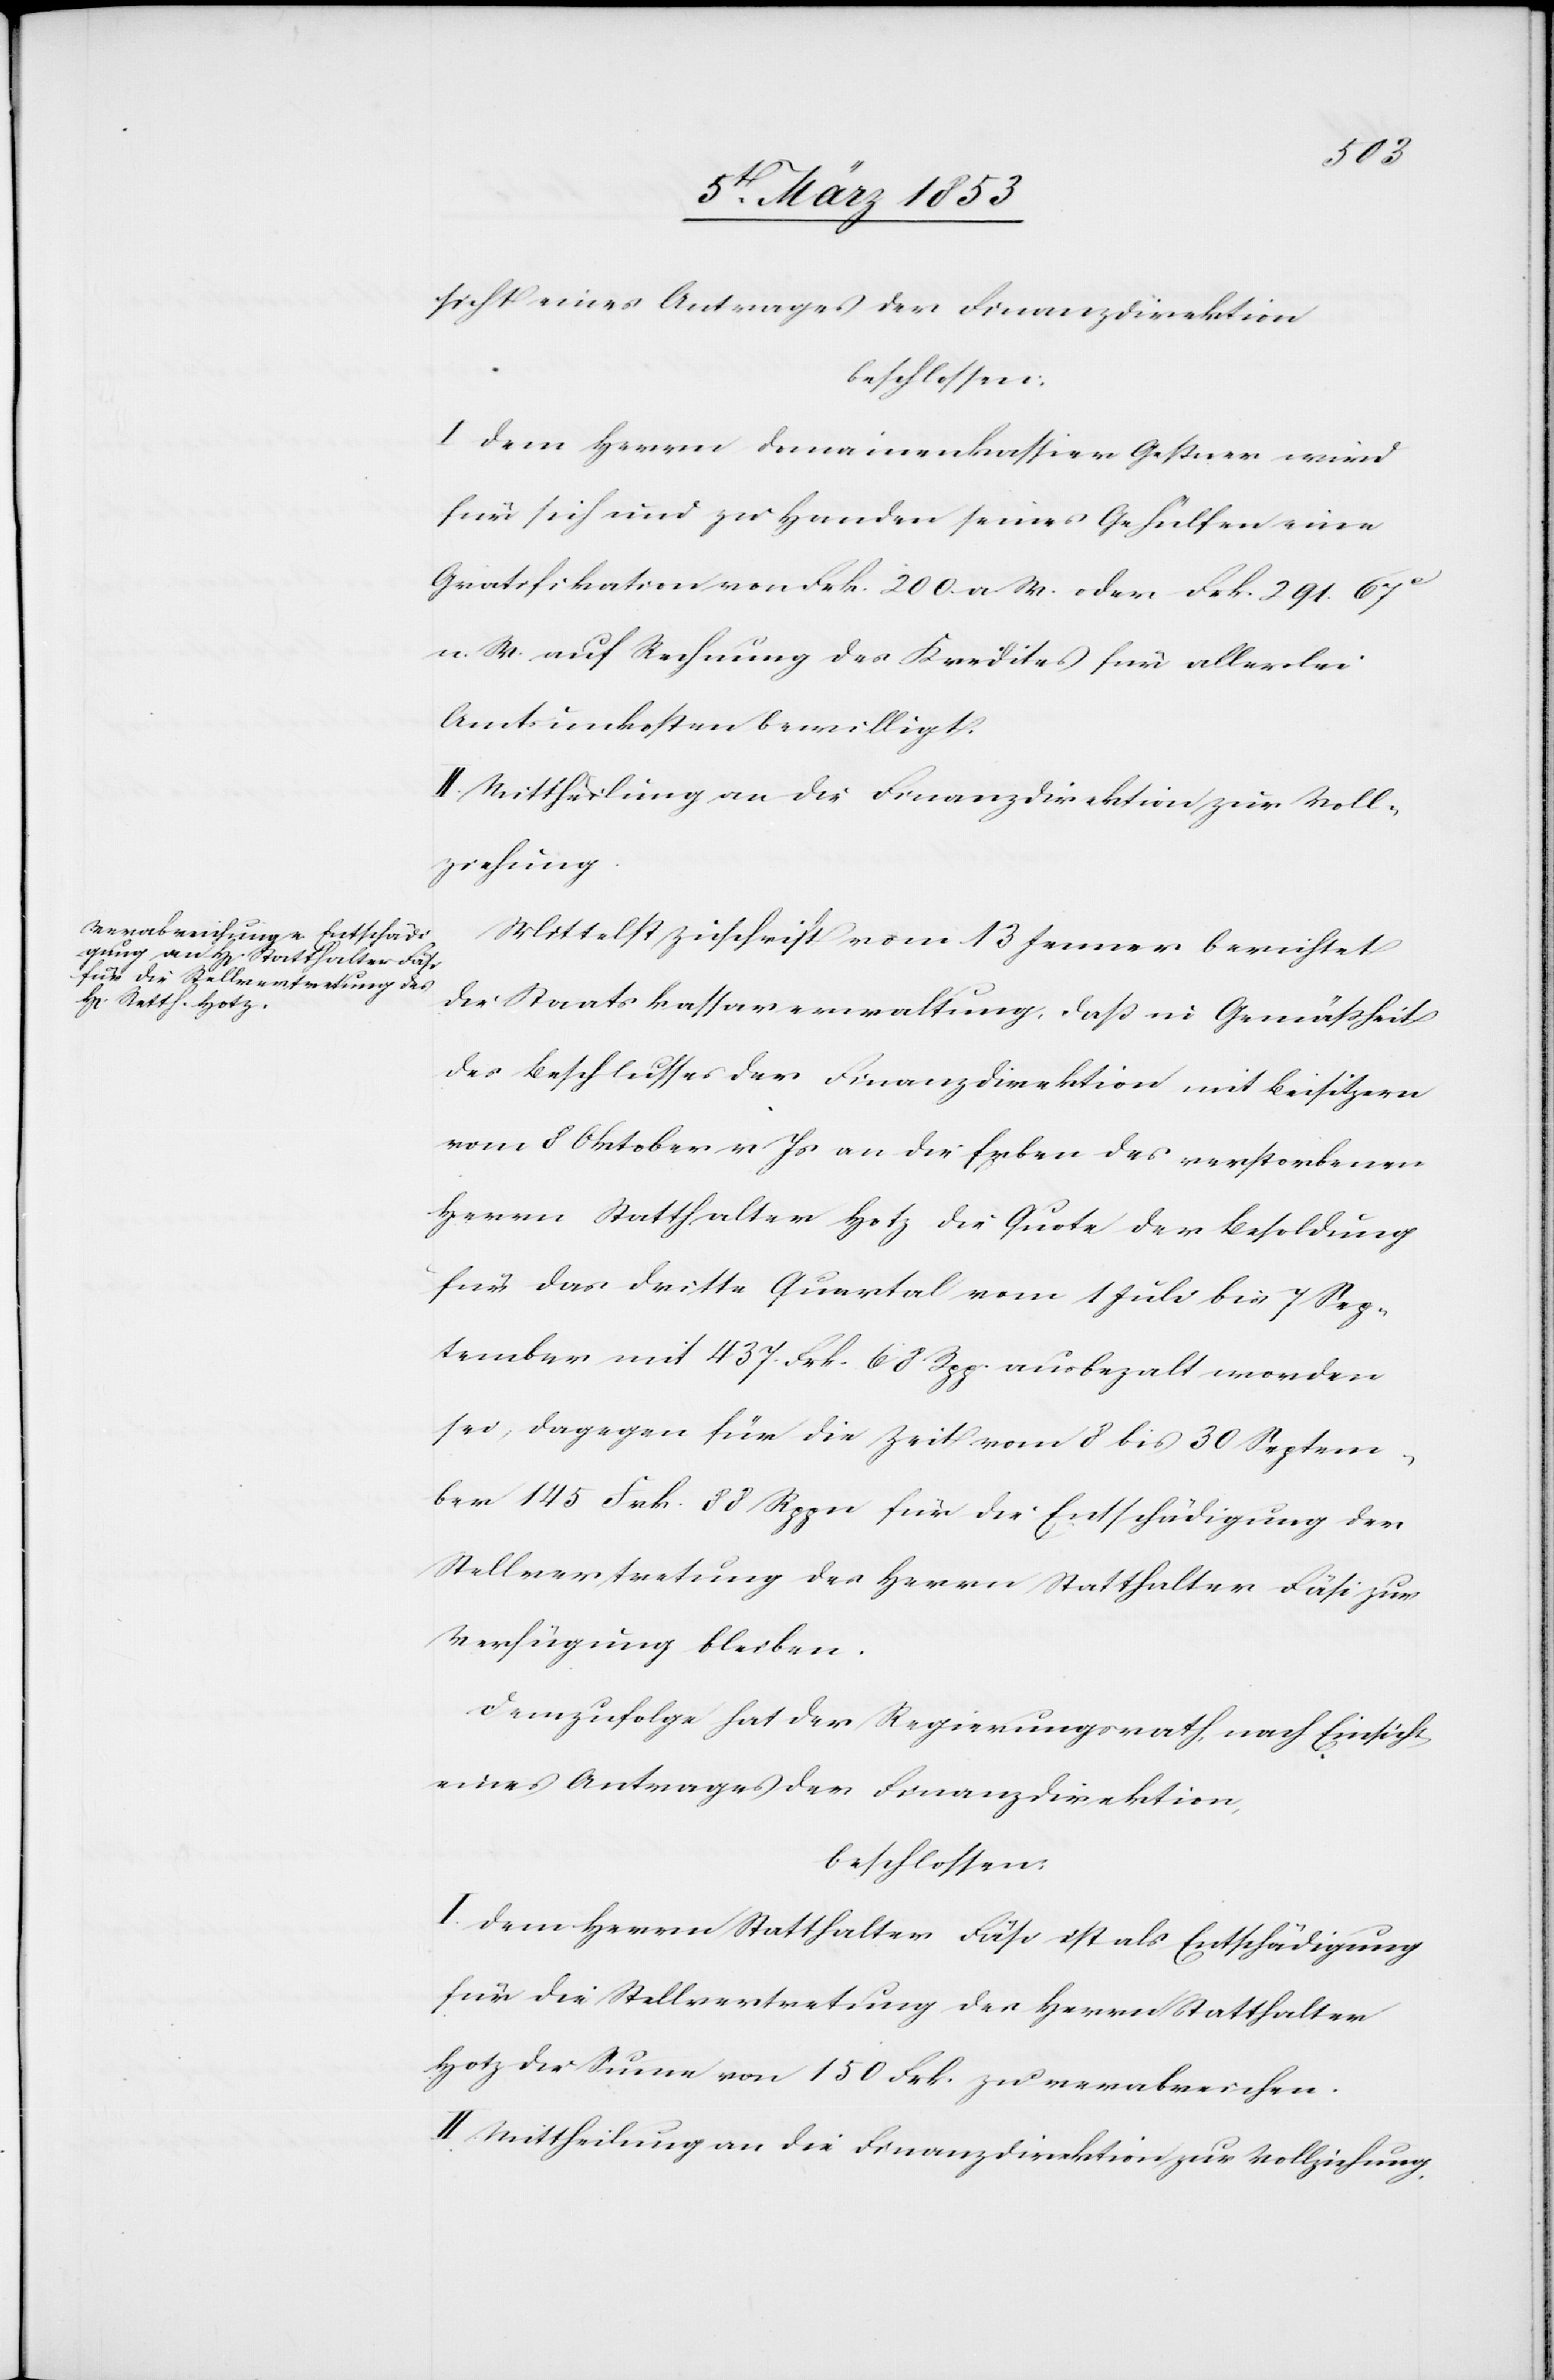
sicht eines Antrages der Finanzdirektion
beschlossen:
I. Dem Herrn Domainenkassier Geßner wird
für sich und zu Handen seines Gehülfen eine
Gratifikation von Frk. 200 a. W. oder Frk. 291. 67
n. W. auf Rechnung des Kredites für allerlei
Amtsunkosten bewilligt.
Mittelst Zuschrift vom 13 Januar berichtet
die Staatskassaverwaltung, daß in Gemäßheit
des Beschlusses der Finanzdirektion mit Beisitzern
vom 8 Oktober v. Js. an die Erben des verstorbenen
Herrn Statthalter Hotz die Quote der Besoldung
für das dritte Quartal vom 1 Juli bis 7 Sep¬
tember mit 437 Frk. 68 Rpp. ausbezalt [sic!] worden
sei, dagegen für die Zeit vom 8 bis 30 Septem¬
ber 145 Frk. 88 Rppn für die Entschädigung der
Stellvertretung des Herrn Statthalter Fäsi zur
Verfügung bleiben.
Demzufolge hat der Regierungsrath, nach Einsicht
eines Antrages der Finanzdirektion,
beschlossen:
I. Dem Herrn Statthalter Fäsi ist als Entschädigung
für die Stellvertretung der Herrn Statthalter
Hotz die Sume [sic!] von 150 Frk. zu verabreichen.
II. Mittheilung an die Finanzdirektion zu Vollziehung.